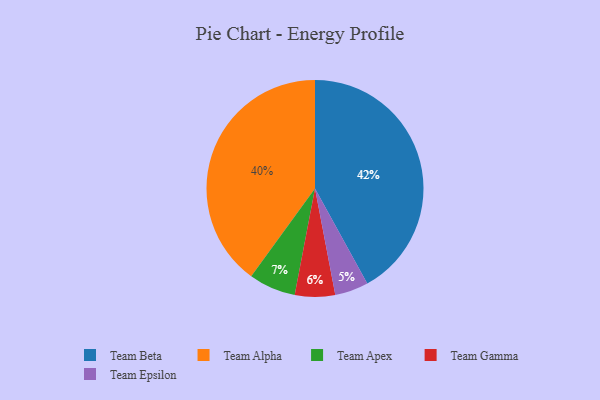
{"axis": {"x": "Category", "y": "Percentage"}, "legend": ["Team Alpha", "Team Apex", "Team Beta", "Team Epsilon", "Team Gamma"], "data": [{"x": "Team Alpha", "y": 40, "type": "Team Alpha"}, {"x": "Team Beta", "y": 42, "type": "Team Beta"}, {"x": "Team Gamma", "y": 6, "type": "Team Gamma"}, {"x": "Team Apex", "y": 7, "type": "Team Apex"}, {"x": "Team Epsilon", "y": 5, "type": "Team Epsilon"}]}